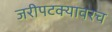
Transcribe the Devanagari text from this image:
जरीपटक्यावरच